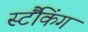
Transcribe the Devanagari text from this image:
स्टैंकिंग